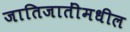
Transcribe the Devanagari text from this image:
जातिजातींमधील